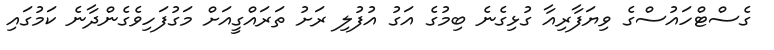
ގެސްޓްހައުސްގެ ވިޔަފާރިއާ ގުޅިގެނެ ބިމުގެ އަގު އުފުލި ރަށު ތަރައްގީއަށް މަގުފަހިވެގެންދާނެ ކަމުގައި